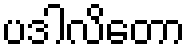
ပဒါလိတော